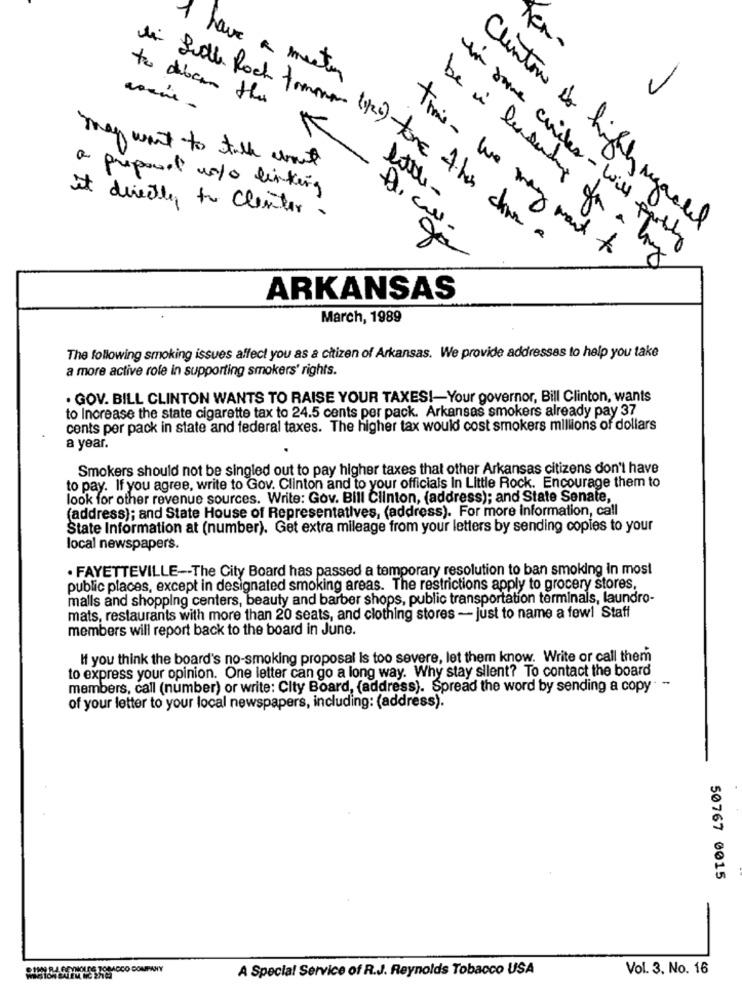
I have a mester
to dibocan this
li Sudh Roch tomma
K
may want to talk about
a propose un/0 linking
little-
in some cuiler - will
it directly to Clenter.
Clinton to highly regarded
(1/2) tone ther chine a
time- we may want to
gã
be il leaderding on a boy
ARKANSAS
March, 1989
The following smoking issues affect you as a citizen of Arkansas. We provide addresses to help you take
a more active role in supporting smokers' rights.
. GOV. BILL CLINTON WANTS TO RAISE YOUR TAXES !- Your governor, Bill Clinton, wants
to Increase the state cigarette tax to 24.5 cents per pack. Arkansas smokers already pay 37
cents per pack in state and federal taxes. The higher tax would cost smokers millions of dollars
a year.
Smokers should not be singled out to pay higher taxes that other Arkansas citizens don't have
to pay. If you agree, write to Gov. Clinton and to your officials In Little Rock. Encourage them to
look for other revenue sources. Write: Gov. Bill Clinton, (address); and State Senate,
(address); and State House of Representatives, (address). For more information, call
State Information at (number). Get extra mileage from your letters by sending copies to your
local newspapers.
. FAYETTEVILLE -- The City Board has passed a temporary resolution to ban smoking in most
public places, except in designated smoking areas. The restrictions apply to grocery stores,
malls and shopping centers, beauty and barber shops, public transportation terminals, laundro-
mats, restaurants with more than 20 seats, and clothing stores - just to name a fewl Staff
members will report back to the board in June.
If you think the board's no-smoking proposal is too severe, let them know. Write or call them
to express your opinion. One letter can go a long way. Why stay silent? To contact the board
members, call (number) or write: City Board, (address). Spread the word by sending a copy
of your letter to your local newspapers, including: (address).
50767 0015
HOUSE TOSACCO COMPANY
A Special Service of R.J. Reynolds Tobacco USA
Vol. 3. No. 16